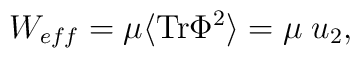
W_{eff}=\mu \langle{\rm Tr}\Phi^2\rangle =\mu\;u_2,